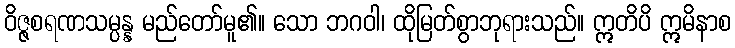
ဝိဇ္ဇစရဏသမ္ပန္န မည်တော်မူ၏။ သော ဘဂဝါ၊ ထိုမြတ်စွာဘုရားသည်။ ဣတိပိ ဣမိနာစ